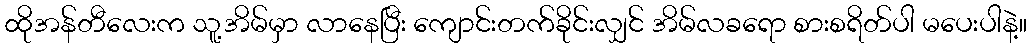
ထိုအန်တီလေးက သူ့အိမ်မှာ လာနေပြီး ကျောင်းတက်ခိုင်းလျှင် အိမ်လခရော စားစရိတ်ပါ မပေးပါနဲ့။